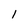
Character: I